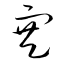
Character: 寒